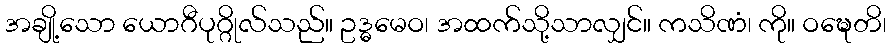
အချို့သော ယောဂီပုဂ္ဂိုလ်သည်။ ဥဒ္ဓမေဝ၊ အထက်သို့သာလျှင်။ ကသိဏံ၊ ကို။ ဝဍ္ဎေတိ၊